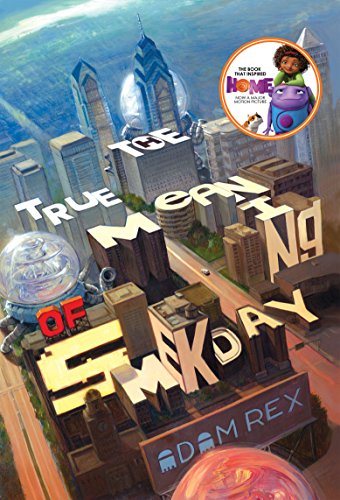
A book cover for The True Meaning of Smekday; Adam Rex; Children's Books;